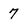
Character: 7